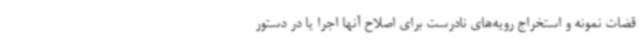
قضات نمونه و استخراج رویه‌های نادرست برای اصلاح آنها اجرا یا در دستور